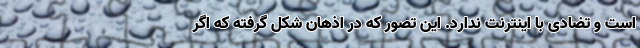
است و تضادی با اینترنت ندارد. این تصور که در اذهان شکل گرفته که اگر